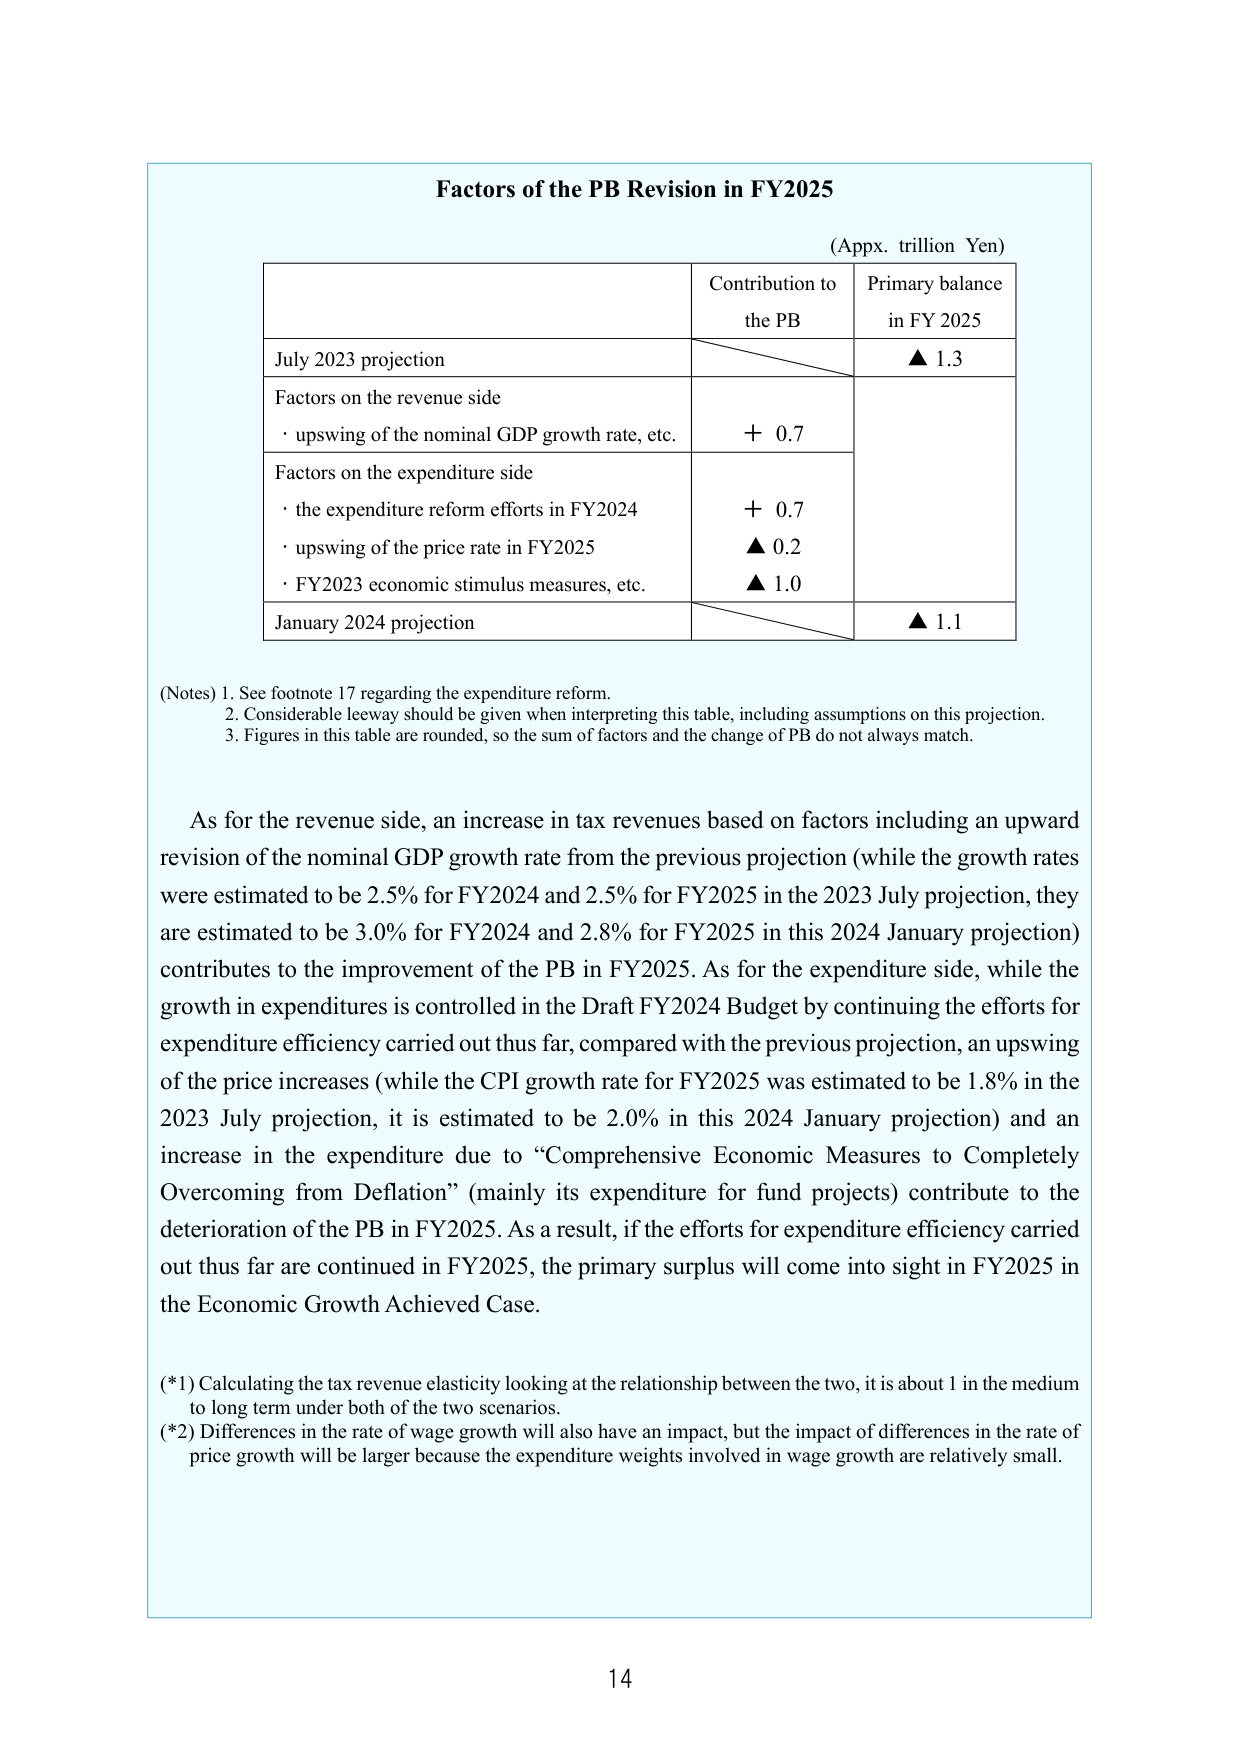
Factors of the PB Revision in FY2025

(Appx. trillion Yen)

Contribution to the PB    Primary balance in FY 2025

July 2023 projection                      ▲ 1.3

Factors on the revenue side
· upswing of the nominal GDP growth rate, etc.    + 0.7

Factors on the expenditure side
· the expenditure reform efforts in FY2024    + 0.7
· upswing of the price rate in FY2025    ▲ 0.2
· FY2023 economic stimulus measures, etc.    ▲ 1.0

January 2024 projection                    ▲ 1.1

(Notes) 1. See footnote 17 regarding the expenditure reform.
        2. Considerable leeway should be given when interpreting this table, including assumptions on this projection.
        3. Figures in this table are rounded, so the sum of factors and the change of PB do not always match.

As for the revenue side, an increase in tax revenues based on factors including an upward revision of the nominal GDP growth rate from the previous projection (while the growth rates were estimated to be 2.5% for FY2024 and 2.5% for FY2025 in the 2023 July projection, they are estimated to be 3.0% for FY2024 and 2.8% for FY2025 in this 2024 January projection) contributes to the improvement of the PB in FY2025. As for the expenditure side, while the growth in expenditures is controlled in the Draft FY2024 Budget by continuing the efforts for expenditure efficiency carried out thus far, compared with the previous projection, an upswing of the price increases (while the CPI growth rate for FY2025 was estimated to be 1.8% in the 2023 July projection, it is estimated to be 2.0% in this 2024 January projection) and an increase in the expenditure due to “Comprehensive Economic Measures to Completely Overcoming from Deflation” (mainly its expenditure for fund projects) contribute to the deterioration of the PB in FY2025. As a result, if the efforts for expenditure efficiency carried out thus far are continued in FY2025, the primary surplus will come into sight in FY2025 in the Economic Growth Achieved Case.

(*1) Calculating the tax revenue elasticity looking at the relationship between the two, it is about 1 in the medium to long term under both of the two scenarios.
(*2) Differences in the rate of wage growth will also have an impact, but the impact of differences in the rate of price growth will be larger because the expenditure weights involved in wage growth are relatively small.

14